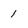
Character: 1